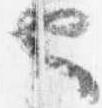
也